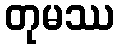
တုမဿ